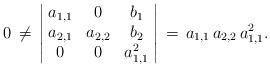
LaTeX: \begin{align*}0\,\neq\,\left\vert\!\begin{array}{ccc}a_{1,1} & 0 & b_1\\a_{2,1} & a_{2,2} & b_2\\0 & 0 & a_{1,1}^2\end{array}\!\right\vert\,=\,a_{1,1}\,a_{2,2}\,a_{1,1}^2.\end{align*}